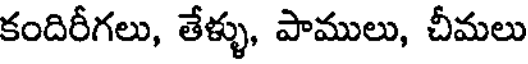
కందిరీగలు, తేళ్ళు, పాములు, చీమలు